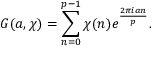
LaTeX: G ( a , \chi ) = \sum _ { n = 0 } ^ { p - 1 } \chi ( n ) e ^ { \frac { 2 \pi i a n } { p } } .